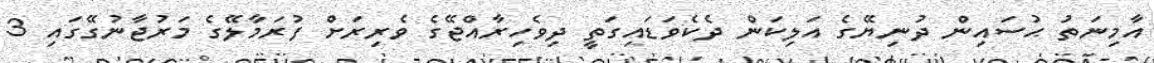
އާމިނަތު ޙުސައިން ދުނިޔޭގެ އަލިކަން ދެކެވަޑައިގަތީ ދިވެހިރާއްޖޭގެ ވެރިރަށް ފުރަމާލޭގެ މަރުޖާނުގޭގައި 3